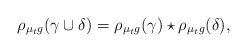
LaTeX: \begin{align*}\rho_{\mu_t g}(\gamma\cup\delta) = \rho_{\mu_t g}(\gamma)\star\rho_{\mu_t g}(\delta),\end{align*}